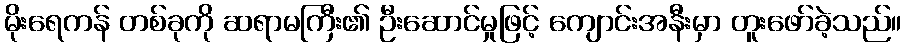
မိုးရေကန် တစ်ခုကို ဆရာမကြီး၏ ဦးဆောင်မှုဖြင့် ကျောင်းအနီးမှာ တူးဖော်ခဲ့သည်။